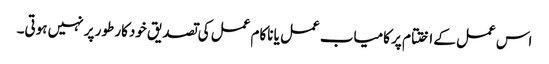
اس عمل کے اختتام پر کامیاب عمل یا ناکام عمل کی تصدیق خودکار طور پر نہیں ہوتی۔